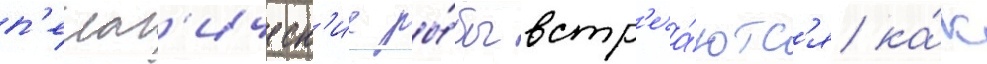
п'елаг'ическ'ие ры́бы встр'еча́ютс'я ка́к